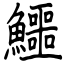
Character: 鱷